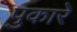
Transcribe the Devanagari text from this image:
पुकारें